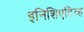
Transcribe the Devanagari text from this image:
इनिशिएटिव्ह